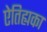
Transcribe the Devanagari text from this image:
ऐतिह्यका